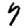
Digit: 7